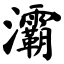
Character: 灞